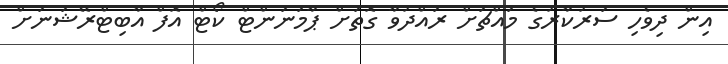
އިން ދިވެހި ސަރުކާރުގެ މައްޗަށް ރައްދުވާ ގޮތަށް ޕާމަނަންޓް ކޯޓް އޮފް އާބިޓްރޭޝަނަށް